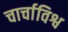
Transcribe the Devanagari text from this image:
चार्चाविश्व